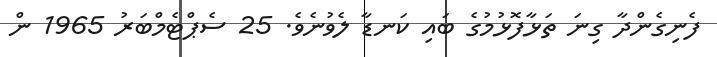
ފެނިގެންދާ ގިނަ ތަޅާފޮޅުމުގެ ބައި ކަނޑާ ލެވުނެވެ. 25 ސެޕްޓެމްބަރު 1965 ން